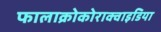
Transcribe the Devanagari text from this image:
फालाक्रोकोराक्वाइडिया